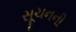
સૂચનની